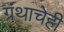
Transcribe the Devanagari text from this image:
ग्रंथाचेही